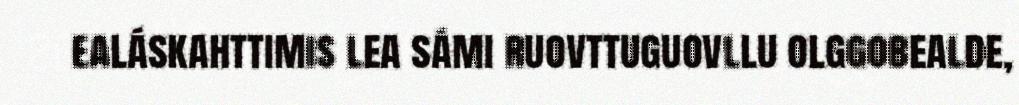
ealáskahttimis lea sámi ruovttuguovllu olggobealde,